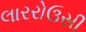
લારરોઉસી